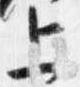
上